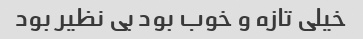
خیلی تازه‌ و خوب بود بی نظیر بود